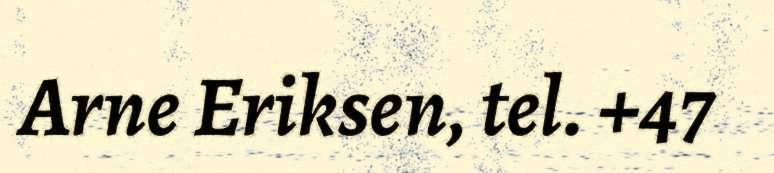
Arne Eriksen, tel. +47